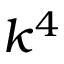
k ^ { 4 }